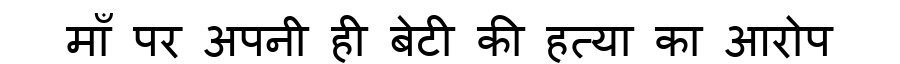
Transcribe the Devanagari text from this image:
माँ पर अपनी ही बेटी की हत्या का आरोप